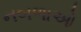
નબળાઓ